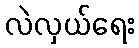
လဲလှယ်ရေး